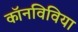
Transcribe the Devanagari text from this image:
कॉनविविया